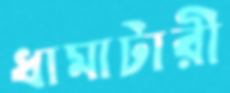
ধামাটারী